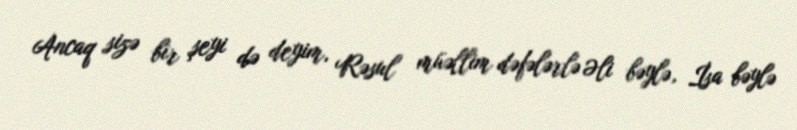
Ancaq sizə bir şeyi də deyim, Rəsul müəllim dəfələrlə Əli bəylə, İsa bəylə